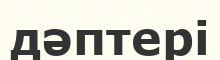
дәптері